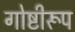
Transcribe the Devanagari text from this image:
गोष्टीरूप